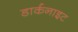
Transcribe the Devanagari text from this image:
डार्कनाइट